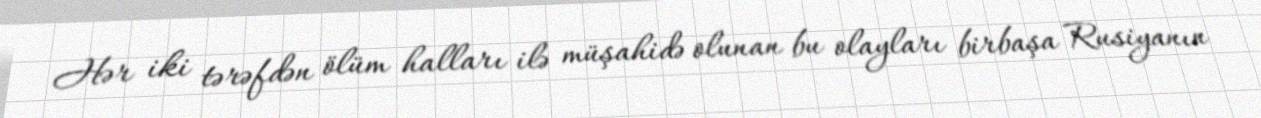
Hər iki tərəfdən ölüm halları ilə müşahidə olunan bu olayları birbaşa Rusiyanın